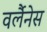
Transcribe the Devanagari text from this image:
वर्लैनेस